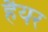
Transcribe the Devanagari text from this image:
हैयर